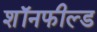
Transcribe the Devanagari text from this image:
शॉनफील्ड